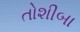
તોશીબા